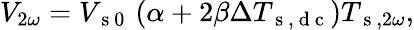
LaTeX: V_{2\omega}=V_{\mathrm{~s~0~}}\left(\alpha+2\beta\Delta T_{\mathrm{~s~,~d~c~}}\right)T_{\mathrm{~s~},2\omega}{,}